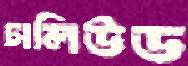
ঢালিউড